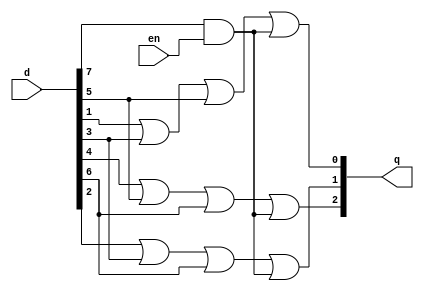
module prior_en_df(en, d, q);
  //declaring input
  input en;
  input [7:0]d;
  //declaring output
  output [2:0]q;
  //assigning the output 
  assign q[2] = d[4] | d[5] | d[6] | d[7]&en;
  assign q[1] = d[2] | d[3] | d[6] | d[7]&en;
  assign q[0] = d[1] | d[3] | d[5] | d[7]&en;
endmodule